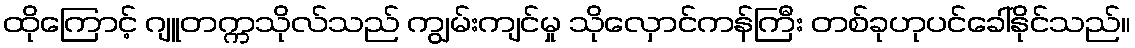
ထိုကြောင့် ဂျူတက္ကသိုလ်သည် ကျွမ်းကျင်မှု သိုလှောင်ကန်ကြီး တစ်ခုဟုပင်ခေါ်နိုင်သည်။